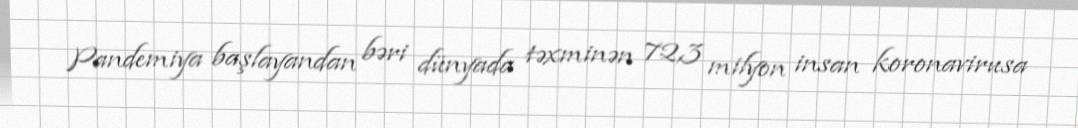
Pandemiya başlayandan bəri dünyada təxminən 72,3 milyon insan koronavirusa